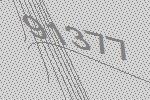
91377